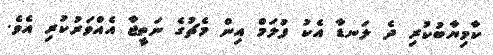
ކާމިޔާބުކުރި ދެ ލަނޑާ އެކު ފުލަމް އިން މެޗުގެ ނަތީޖާ އެއްވަރުކުރި އެވެ.